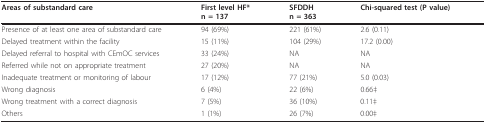
| Areas of substandard care | First level HF*n = 137 | SFDDHn = 363 | Chi-squared test (P value) |
 | --- | --- | --- | --- |
 | Presence of at least one area of substandard care | 94 (69%) | 221 (61%) | 2.6 (0.11) |
 | Delayed treatment within the facility | 15 (11%) | 104 (29%) | 17.2 (0.00) |
 | Delayed referral to hospital with CEmOC services | 33 (24%) | NA | NA |
 | Referred while not on appropriate treatment | 27 (20%) | NA | NA |
 | Inadequate treatment or monitoring of labour | 17 (12%) | 77 (21%) | 5.0 (0.03) |
 | Wrong diagnosis | 6 (4%) | 22 (6%) | 0.66‡ |
 | Wrong treatment with a correct diagnosis | 7 (5%) | 36 (10%) | 0.11‡ |
 | Others | 1 (1%) | 26 (7%) | 0.00‡ |